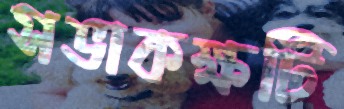
সভাকক্ষটি